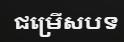
ជម្រើសបទ